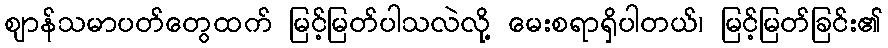
ဈာန်သမာပတ်တွေထက် မြင့်မြတ်ပါသလဲလို့ မေးစရာရှိပါတယ်၊ မြင့်မြတ်ခြင်း၏